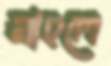
নাহলে